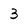
Character: 3